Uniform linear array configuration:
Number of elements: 16
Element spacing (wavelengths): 0.75
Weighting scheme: hamming
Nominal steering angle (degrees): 45
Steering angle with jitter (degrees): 45.372
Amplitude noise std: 0.05
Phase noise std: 0.05

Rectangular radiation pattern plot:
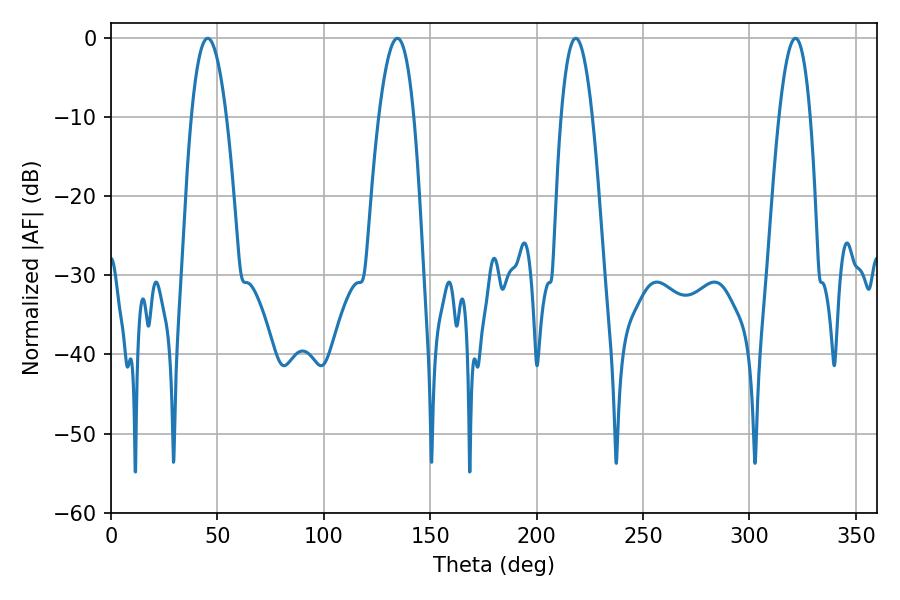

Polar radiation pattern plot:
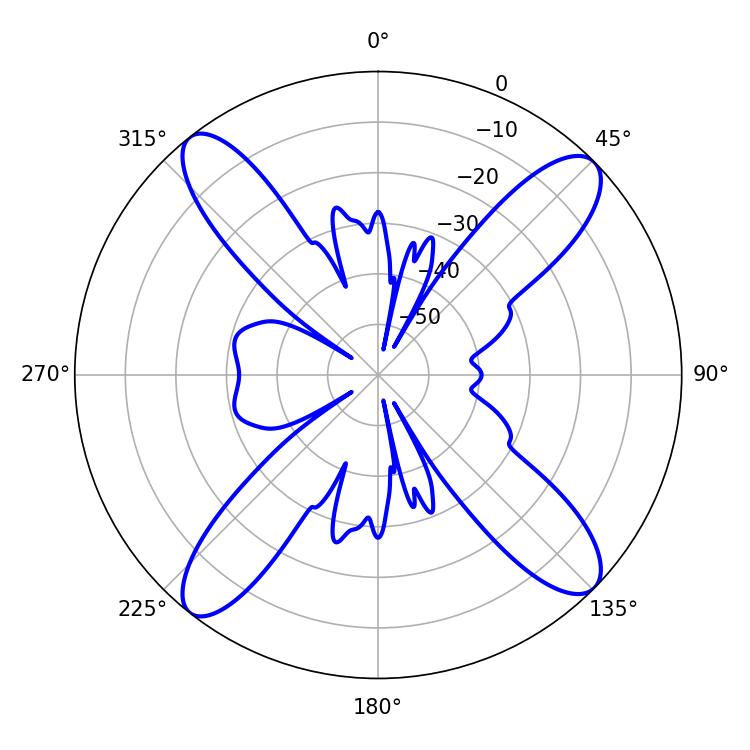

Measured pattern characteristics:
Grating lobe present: TRUE
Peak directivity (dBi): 15.726
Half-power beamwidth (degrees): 7.92
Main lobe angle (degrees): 218.34